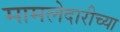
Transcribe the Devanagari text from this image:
मामलेदारीच्या